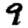
Digit: 9